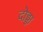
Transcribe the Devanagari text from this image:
दोड्डा